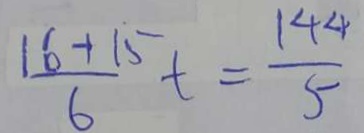
\frac { 1 6 + 1 5 } { 6 } t = \frac { 1 4 4 } { 5 }